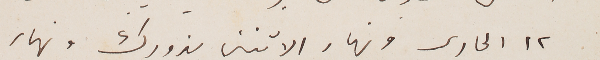
١٢ الجارى ونهار الاثنين يزورك ونهار